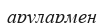
арулармен